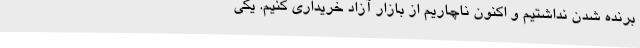
برنده شدن نداشتیم و اکنون ناچاریم از بازار آزاد خریداری کنیم. یکی